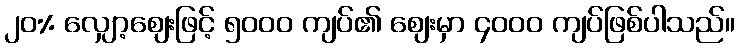
၂၀% လျှော့ဈေးဖြင့် ၅၀၀၀ ကျပ်၏ ဈေးမှာ ၄၀၀၀ ကျပ်ဖြစ်ပါသည်။